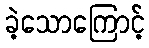
ခဲ့သောကြောင့်